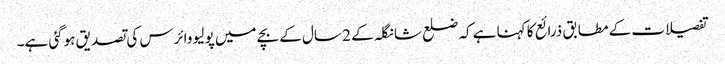
تفصیلات کے مطابق ذرائع کا کہنا ہے کہ ضلع شانگلہ کے 2 سال کے بچے میں پولیو وائرس کی تصدیق ہوگئی ہے۔